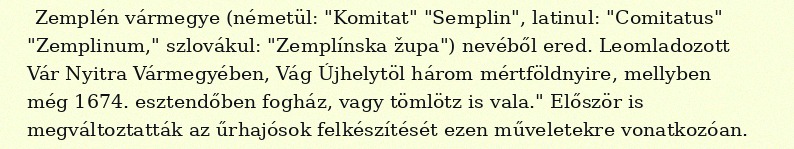
Zemplén vármegye (németül: "Komitat" "Semplin", latinul: "Comitatus" "Zemplinum," szlovákul: "Zemplínska župa") nevéből ered. Leomladozott Vár Nyitra Vármegyében, Vág Újhelytöl három mértföldnyire, mellyben még 1674. esztendőben fogház, vagy tömlötz is vala." Először is megváltoztatták az űrhajósok felkészítését ezen műveletekre vonatkozóan.